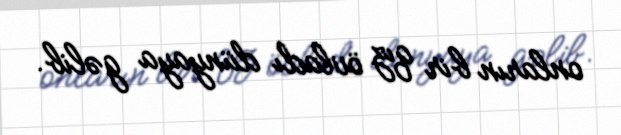
onların bir qız övladı dünyaya gəlib.